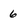
Character: 6